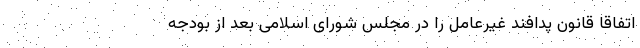
اتفاقاً قانون پدافند غیرعامل را در مجلس شورای اسلامی بعد از بودجه